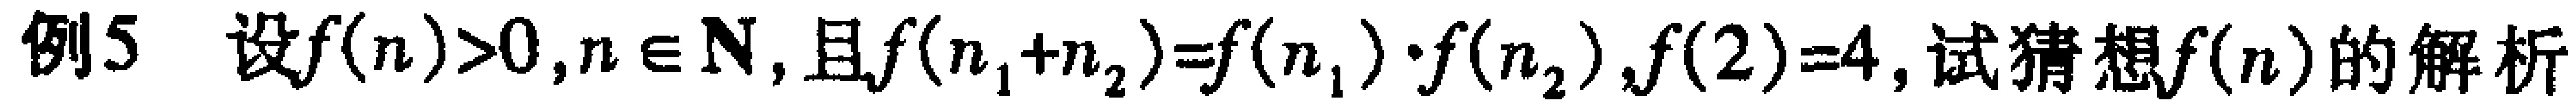
例5 设$f(n)>0,n\in \mathrm{N}$,且$f(n_{1}+n_{2}) = f(n_{1})\cdot f(n_{2}),f(2)=4$,试猜想$f(n)$的解析